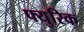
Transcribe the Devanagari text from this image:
फ्युरिक